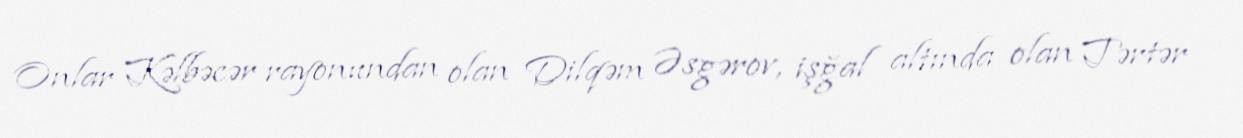
Onlar Kəlbəcər rayonundan olan Dilqəm Əsgərov, işğal altında olan Tərtər